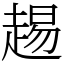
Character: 䞶